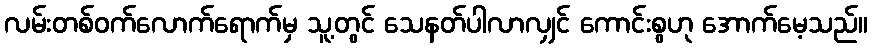
လမ်းတစ်ဝက်လောက်ရောက်မှ သူ့တွင် သေနတ်ပါလာလျှင် ကောင်းစွဟု အောက်မေ့သည်။